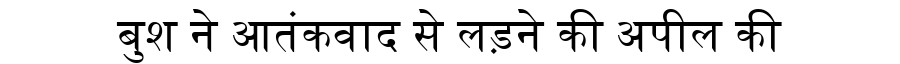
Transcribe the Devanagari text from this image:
बुश ने आतंकवाद से लड़ने की अपील की